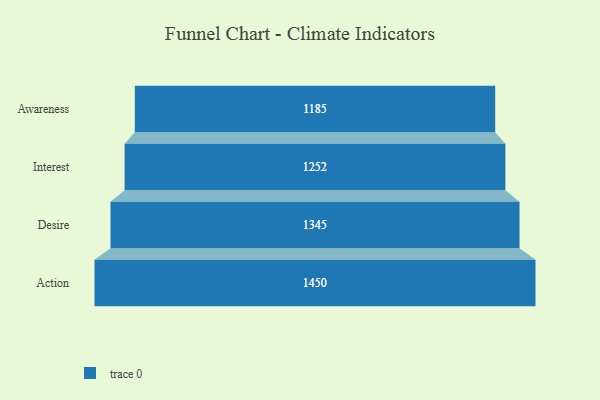
{"axis": {"x": "Stage", "y": "Value"}, "legend": [""], "data": [{"x": "Awareness", "y": 1185.0, "type": ""}, {"x": "Interest", "y": 1252.0, "type": ""}, {"x": "Desire", "y": 1345.0, "type": ""}, {"x": "Action", "y": 1450.0, "type": ""}]}